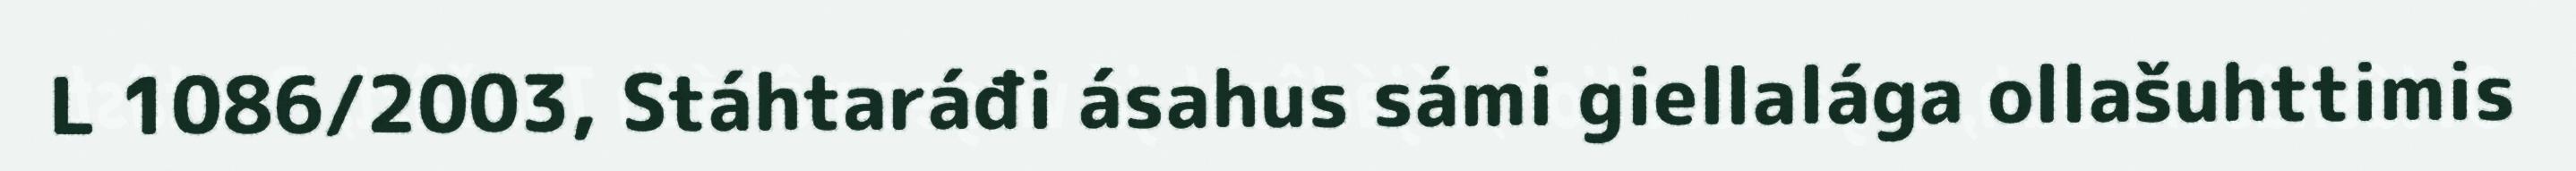
L 1086/2003, Stáhtaráđi ásahus sámi giellalága ollašuhttimis